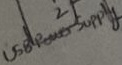
Text: USB Power Supply